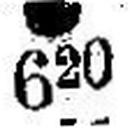
### 620